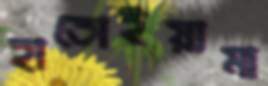
হাতোইয়ামা